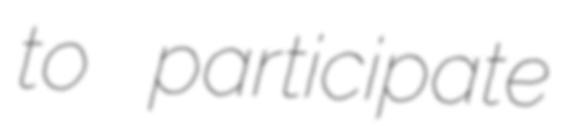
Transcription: to participate